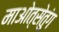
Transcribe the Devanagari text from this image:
माओत्सेतुंग